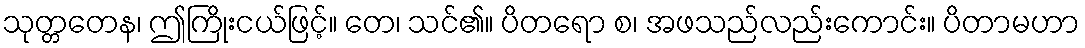
သုတ္တတေန၊ ဤကြိုးငယ်ဖြင့်။ တေ၊ သင်၏။ ပိတရော စ၊ အဖသည်လည်းကောင်း။ ပိတာမဟာ